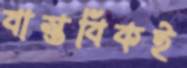
বাস্তবিকই